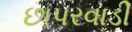
છાપરવાડી